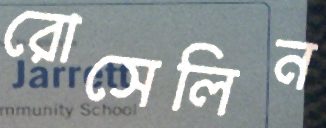
রোসেলিন